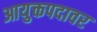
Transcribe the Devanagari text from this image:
आयुक्तपदावर